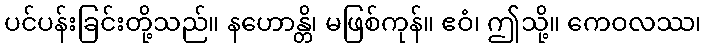
ပင်ပန်းခြင်းတို့သည်။ နဟောန္တိ၊ မဖြစ်ကုန်။ ဧဝံ၊ ဤသို့။ ကေဝလဿ၊